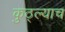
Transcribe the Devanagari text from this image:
कुठ्ल्याच